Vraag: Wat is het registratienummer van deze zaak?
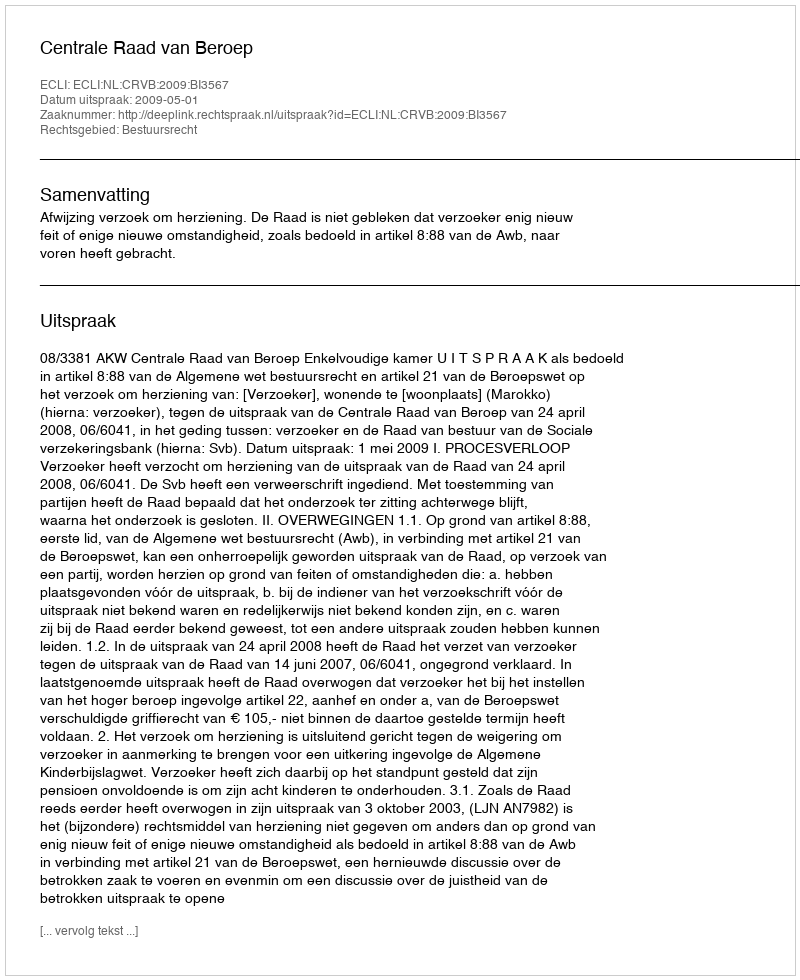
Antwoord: http://deeplink.rechtspraak.nl/uitspraak?id=ECLI:NL:CRVB:2009:BI3567